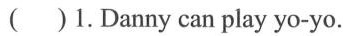
( )1.Danny can play yo-yo.